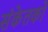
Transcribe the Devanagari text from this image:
संकेतको